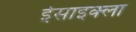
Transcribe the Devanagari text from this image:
ईसाइक्ला